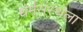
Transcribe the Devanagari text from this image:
धर्मसंस्थेला